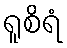
ရူစိရံ